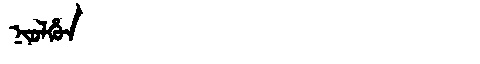
Manchu: ᠨᡳᠣᠯᡥᡠᠨ
Romanization: NIOLHUN